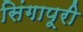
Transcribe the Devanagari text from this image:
सिंगापूरी